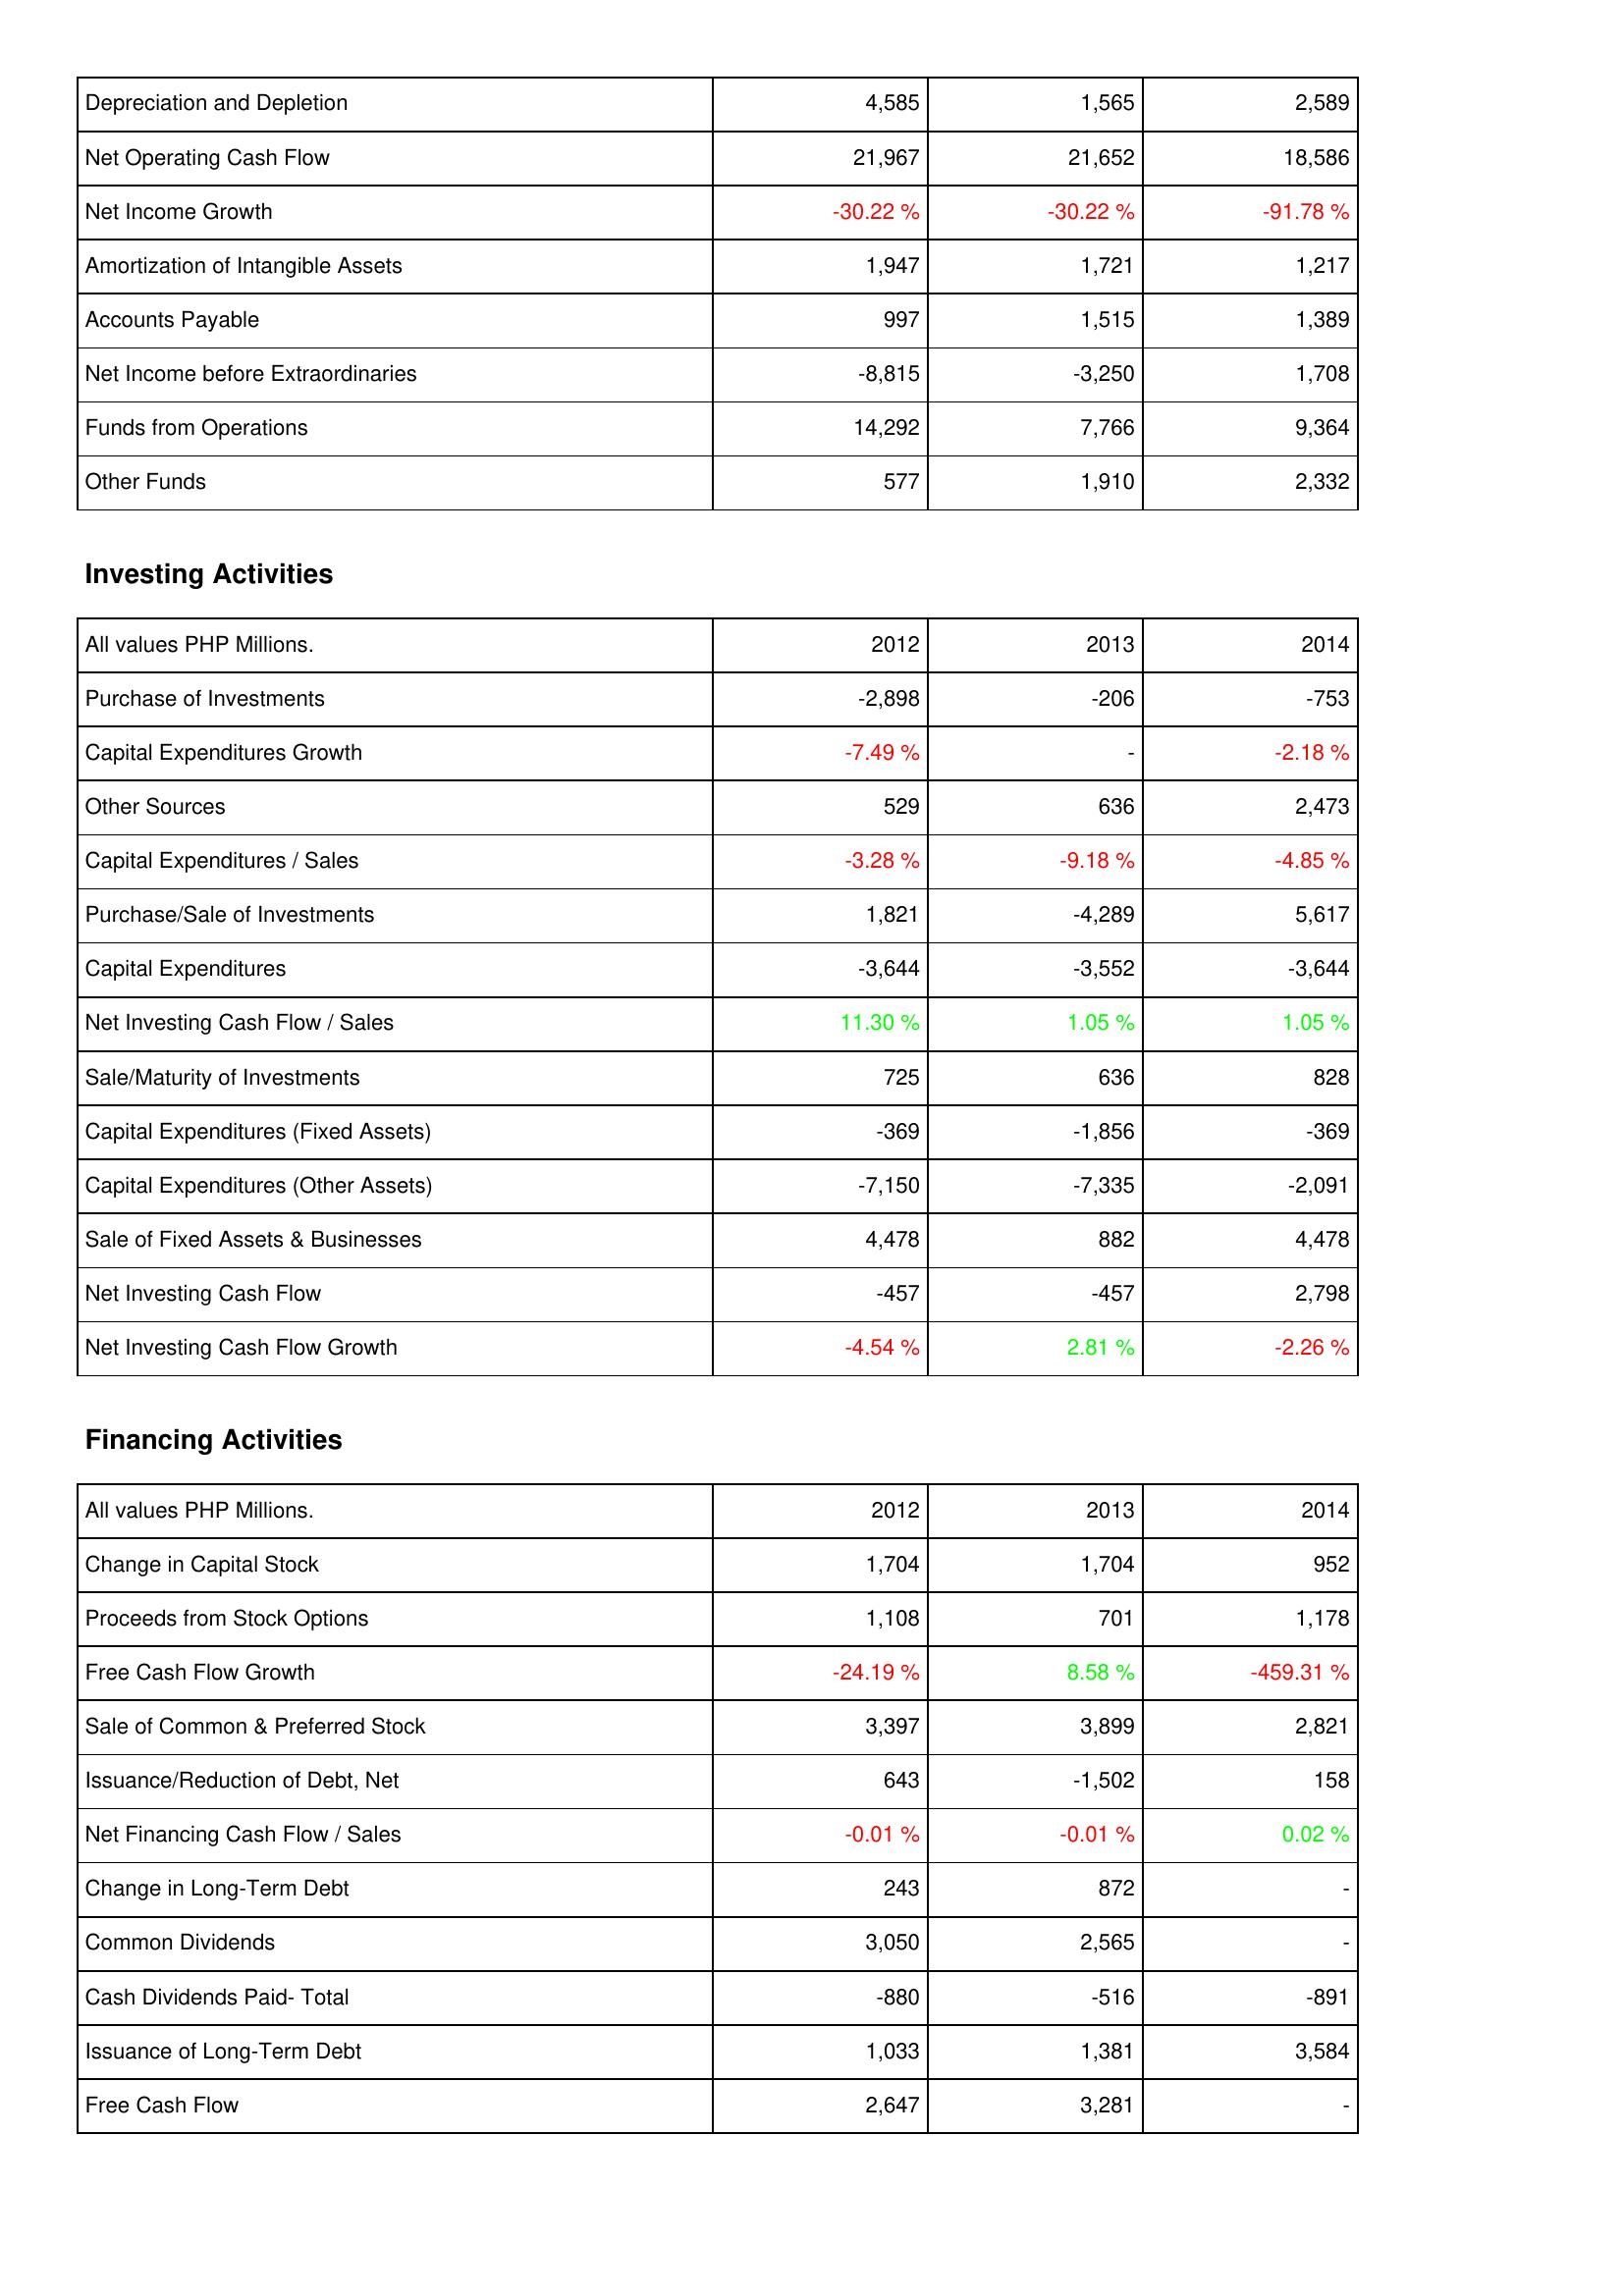
2012: Operating Activities: Depreciation and Depletion: 4,585
Net Operating Cash Flow: 21,967
Net Income Growth: -30.22 %
Amortization of Intangible Assets: 1,947
Accounts Payable: 997
Net Income before Extraordinaries: -8,815
Funds from Operations: 14,292
Other Funds: 577
Investing Activities: Purchase of Investments: -2,898
Capital Expenditures Growth: -7.49 %
Other Sources: 529
Capital Expenditures / Sales: -3.28 %
Purchase/Sale of Investments: 1,821
Capital Expenditures: -3,644
Net Investing Cash Flow / Sales: 11.30 %
Sale/Maturity of Investments: 725
Capital Expenditures (Fixed Assets): -369
Capital Expenditures (Other Assets): -7,150
Sale of Fixed Assets & Businesses: 4,478
Net Investing Cash Flow: -457
Net Investing Cash Flow Growth: -4.54 %
Financing Activities: Change in Capital Stock: 1,704
Proceeds from Stock Options: 1,108
Free Cash Flow Growth: -24.19 %
Sale of Common & Preferred Stock: 3,397
Issuance/Reduction of Debt, Net: 643
Net Financing Cash Flow / Sales: -0.01 %
Change in Long-Term Debt: 243
Common Dividends: 3,050
Cash Dividends Paid- Total: -880
Issuance of Long-Term Debt: 1,033
Free Cash Flow: 2,647
2013: Operating Activities: Depreciation and Depletion: 1,565
Net Operating Cash Flow: 21,652
Net Income Growth: -30.22 %
Amortization of Intangible Assets: 1,721
Accounts Payable: 1,515
Net Income before Extraordinaries: -3,250
Funds from Operations: 7,766
Other Funds: 1,910
Investing Activities: Purchase of Investments: -206
Capital Expenditures Growth: -
Other Sources: 636
Capital Expenditures / Sales: -9.18 %
Purchase/Sale of Investments: -4,289
Capital Expenditures: -3,552
Net Investing Cash Flow / Sales: 1.05 %
Sale/Maturity of Investments: 636
Capital Expenditures (Fixed Assets): -1,856
Capital Expenditures (Other Assets): -7,335
Sale of Fixed Assets & Businesses: 882
Net Investing Cash Flow: -457
Net Investing Cash Flow Growth: 2.81 %
Financing Activities: Change in Capital Stock: 1,704
Proceeds from Stock Options: 701
Free Cash Flow Growth: 8.58 %
Sale of Common & Preferred Stock: 3,899
Issuance/Reduction of Debt, Net: -1,502
Net Financing Cash Flow / Sales: -0.01 %
Change in Long-Term Debt: 872
Common Dividends: 2,565
Cash Dividends Paid- Total: -516
Issuance of Long-Term Debt: 1,381
Free Cash Flow: 3,281
2014: Operating Activities: Depreciation and Depletion: 2,589
Net Operating Cash Flow: 18,586
Net Income Growth: -91.78 %
Amortization of Intangible Assets: 1,217
Accounts Payable: 1,389
Net Income before Extraordinaries: 1,708
Funds from Operations: 9,364
Other Funds: 2,332
Investing Activities: Purchase of Investments: -753
Capital Expenditures Growth: -2.18 %
Other Sources: 2,473
Capital Expenditures / Sales: -4.85 %
Purchase/Sale of Investments: 5,617
Capital Expenditures: -3,644
Net Investing Cash Flow / Sales: 1.05 %
Sale/Maturity of Investments: 828
Capital Expenditures (Fixed Assets): -369
Capital Expenditures (Other Assets): -2,091
Sale of Fixed Assets & Businesses: 4,478
Net Investing Cash Flow: 2,798
Net Investing Cash Flow Growth: -2.26 %
Financing Activities: Change in Capital Stock: 952
Proceeds from Stock Options: 1,178
Free Cash Flow Growth: -459.31 %
Sale of Common & Preferred Stock: 2,821
Issuance/Reduction of Debt, Net: 158
Net Financing Cash Flow / Sales: 0.02 %
Change in Long-Term Debt: -
Common Dividends: -
Cash Dividends Paid- Total: -891
Issuance of Long-Term Debt: 3,584
Free Cash Flow: -